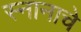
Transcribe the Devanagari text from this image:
स्नानाचे